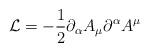
LaTeX: \begin{align*}{\cal L}=-\frac{1}{2}\partial_{\alpha}A_{\mu}\partial^{\alpha}A^{\mu}\end{align*}